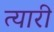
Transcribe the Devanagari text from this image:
त्यारी